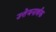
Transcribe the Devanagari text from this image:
उत्तेजनार्थक